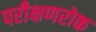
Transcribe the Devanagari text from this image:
परीक्षणरोक